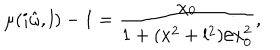
LaTeX: \mu ( i \hat { \omega } , l ) - 1 = \frac { \chi _ { 0 } } { 1 + ( x ^ { 2 } + l ^ { 2 } ) / x _ { 0 } ^ { 2 } } ,